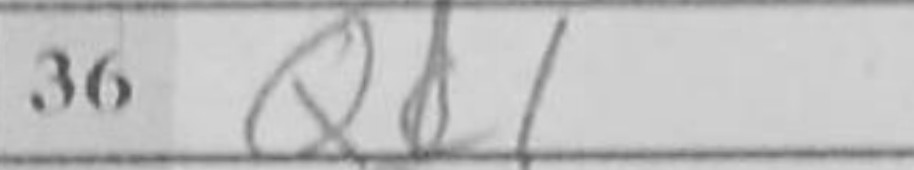
Transcription: Qc1